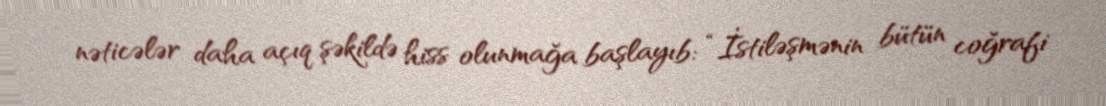
nəticələr daha açıq şəkildə hiss olunmağa başlayıb: “İstiləşmənin bütün coğrafi